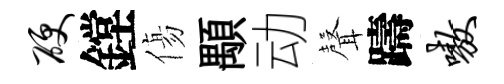
硬鏜傷顒动𮋻躊嗷